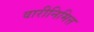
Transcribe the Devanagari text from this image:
वारीनिमित्त